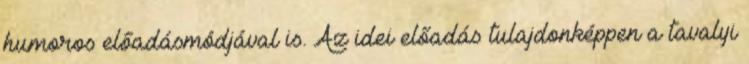
humoros előadásmódjával is. Az idei előadás tulajdonképpen a tavalyi